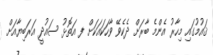
ޤައުމުގައި މިހާރު އެންމެ ބާރަށް ދެކެވޭ ވާހަކައަކަށް ފ އަތޮޅު ސައުދީ އަރަބިޔާއަށް